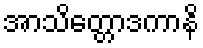
အာသိတ္တောဒကာနိ